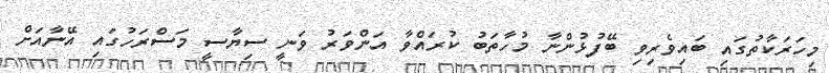
މިހަރަކާތުގައި ބައިވެރިވި ބޭފުޅުންނާ މުހާތަބު ކުރައްވާ އަންވަރު ވަނީ ސިޔާސީ މަސްރަހުގައި އޭނާއަށް